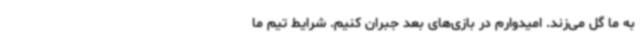
به ما گل می‌زند. امیدوارم در بازی‌های بعد جبران کنیم. شرایط تیم ما